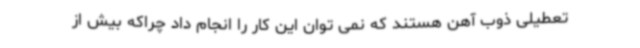
تعطیلی ذوب آهن هستند که نمی توان این کار را انجام داد چراکه بیش از